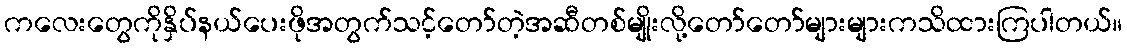
ကလေးတွေကိုနှိပ်နယ်ပေးဖိုအတွက်သင့်တော်တဲ့အဆီတစ်မျိုးလို့တော်တော်များများကသိထားကြပါတယ်။